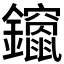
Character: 𮣨